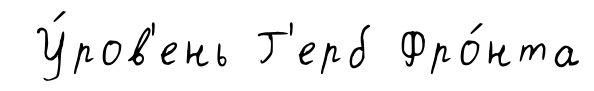
У́ров'ень Г'ерб Фро́нта